Annual administration report of the Civil Veterinary Department, Sind - 1945-1946
Year: 1945
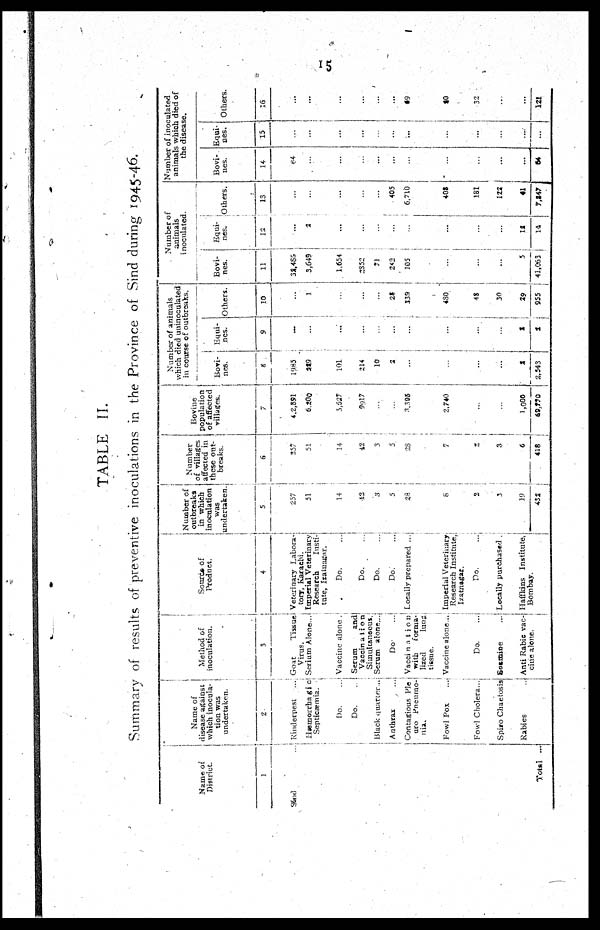
15
TABLE II.
Summary of results of preventive inoculations in the Province of Sind during 1945-46.
Name of
District.
1
Sind ...
Total ...
Name of
disease against
which inocula-
tion was
undertaken.
2
Rinderpest ...
Hæmorrhagic
Septicæmia.
Do.
Do.
Anthrax ...
Contagious Ple
uro Pneumo-
nia.
Fowl Pox
Fowl Cholera...
Spiro Chaetosis
Rabies
Method of
inoculation.
3
Goat
Tissue
Virus.
Serium Alone...
Vaccine alone .
Serum
and
Vaccination
Simultsncous.
Serum alone...
Do. ...
Vaccination
with
forma-
lized
lung
tissue.
Vaccine alone ...
Do.
Sozmine ...
Anti Rabic vac-
cine alone.
Source of
Product.
4
Veterinary Labora-
tory, Karachi.
Imperial Veterinary
Research
Iusti-
tute,
Izalnagar.
Do.
...
Do. ...
Do. ...
Do.
...
Locally prepared ...
Imperial Veterinary
Research Institute.
Izatnagar.
Do.
...
Locally purchased.
Haffkins Institute,
Bombay.
Number of
outbreaks
in which
inoculation
was
undertaken.
5
257
51
14
12
3
5
23
8
2
3
19
431
Number
of villages
affected in
these out-
breaks.
6
257
51
14
42
3
5
28
7
4
3
6
418
Bovine
population
of affected
villages.
7
4,2,891
6,300
5,527
9017
...
...
3,395
2,740
...
...
1,000
69,220
Number of animals
which died uninoculated
in course of outbreaks.
Bovi-
nes.
8
1985
229
101
214
10
2
...
...
...
...
2
2,343
Equi-
nes.
9
...
...
...
...
...
...
...
...
...
...
2
2
Others.
10
...
1
...
...
...
28
339
480
48
30
29
955
Number of
animals
inoculated.
Bovi-
nes.
11
32,485
3,649
1,654
2552
71
242
105
...
...
...
5
41,063
Equi-
nes.
12
...
2
...
...
...
...
...
...
...
...
12
14
Others.
13
...
...
...
...
...
405
6,710
408
181
122
41
7,247
Number of inoculated
animals which died of
the disease.
Bovi-
nes.
14
64
...
...
...
...
...
...
...
...
...
...
54
Equi-
nes.
15
...
...
...
...
...
...
...
...
...
...
...
...
Others.
16
...
...
...
...
...
...
49
40
32
...
...
121